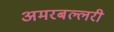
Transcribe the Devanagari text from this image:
अमरबल्लरी